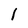
Character: 1